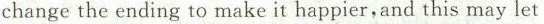
change the ending to make it happier,and this may let